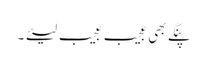
پنگے بھی عجیب عجیب لیئے ۔